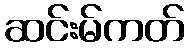
ဆင်းမ်ကတ်